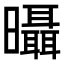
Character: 𣌍